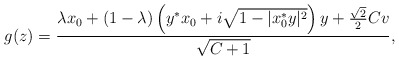
\begin{align*} g(z) = \frac{ \lambda x_0 + (1-\lambda) \left(y^*x_0 + i \sqrt{1-|x_0^*y|^2} \right) y + \frac{\sqrt{2}}{2}C v}{\sqrt{C+1}}, \end{align*}